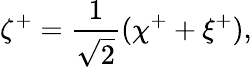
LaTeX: \zeta^{+}=\frac{1}{\sqrt{2}}(\chi^{+}+\xi^{+}),